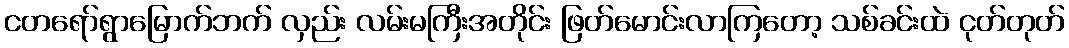
ငတရော်ရွာမြောက်ဘက် လှည်း လမ်းမကြီးအတိုင်း ဖြတ်မောင်းလာကြတော့ သစ်ခင်းထဲ ငုတ်တုတ်